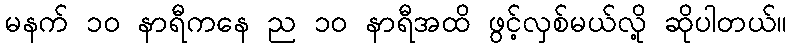
မနက် ၁၀ နာရီကနေ ည ၁၀ နာရီအထိ ဖွင့်လှစ်မယ်လို့ ဆိုပါတယ်။